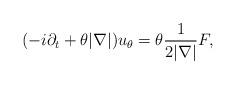
LaTeX: \begin{align*}(-i\partial_t+\theta|\nabla|)u_\theta = \theta\frac{1}{2|\nabla|}F,\end{align*}